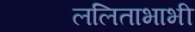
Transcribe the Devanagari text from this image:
ललिताभाभी